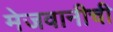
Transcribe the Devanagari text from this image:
मेजवानीची